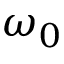
\omega _ { 0 }